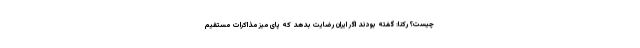
چیست؟ رکنا: گفته بودند اگر ایران رضایت بدهد که پای میز مذاکرات مستقیم